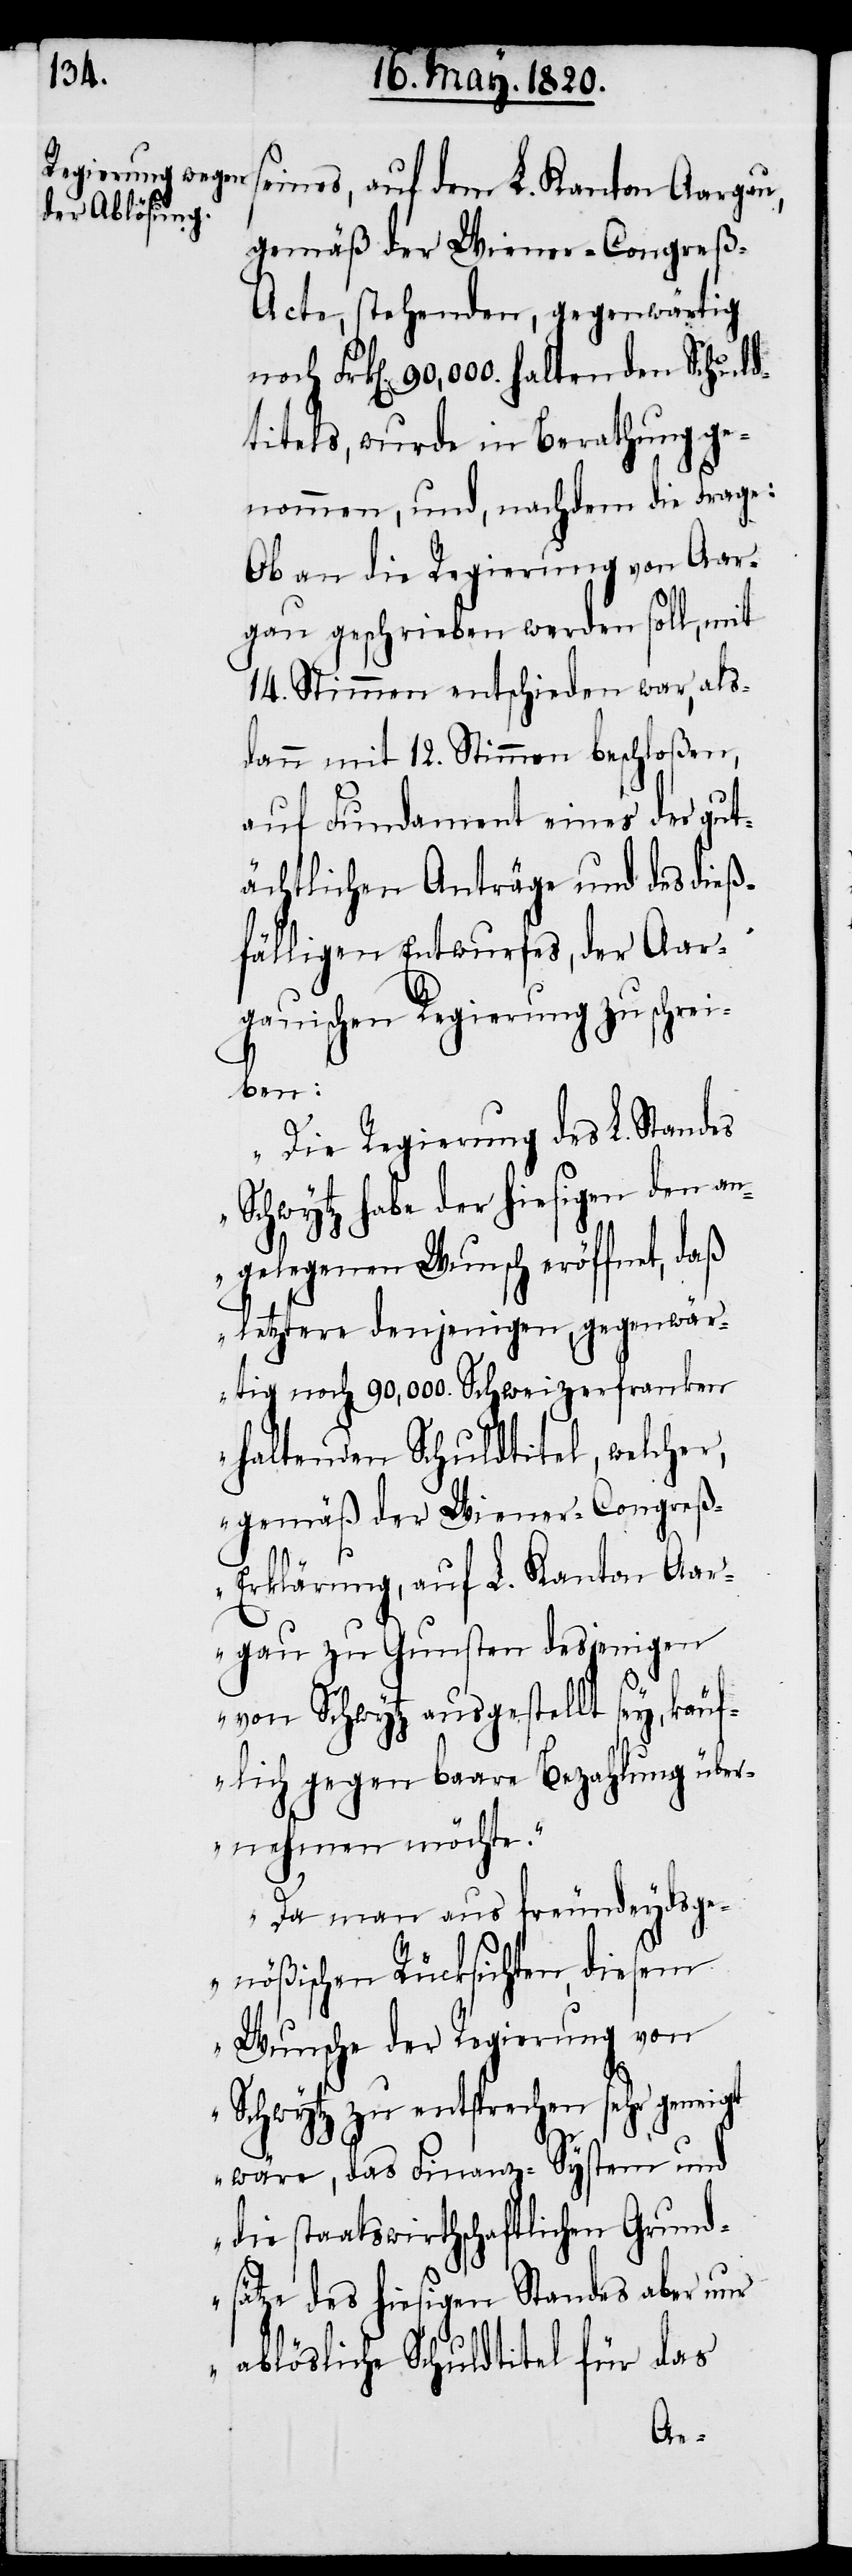
seines, auf dem L. Kanton Aargau,
gemäß der Wiener-Congreß-A¬
cte, stehenden, gegenwärtig
Frk[en]. 90,000. haltenden Schuld¬
titels, wurde in Berathung ge¬
nommen, und, nachdem die Frage:
Ob an die Regierung von Aar¬
gau geschrieben werden soll, mit
14. Stimmen entschieden war, als¬
dann mit 12. Stimmen beschloßen,
auf Fundament eines der gut¬
ächtlichen Anträge und des dieß¬
fälligen Entwurfes, der Aar¬
gauischen Regierung zu schrei¬
ben:
„Die Regierung des L. Standes
Schwytz habe der hiesigen den an¬
gelegenen Wunsch eröffnet, daß
letztere denjenigen, gegenwär¬
tig noch 90,000. Schweizerfranken
haltenden Schuldtitel, welcher,
gemäß der Wiener-Congre¬
ß-Erklärung, auf L. Kanton Aar¬
gau zu Gunsten desjenigen
von Schwytz ausgestellt sey, käuf¬
lich gegen baare Bezahlung über¬
nehmen möchte.
Da man aus freundeydsge¬
nößischen Rücksichten, diesem
Wunsche der Regierung von
Schwytz zu entsprechen sehr geneigt
wäre, das Finanz-System und
die staatswirthschaftlichen Grund¬
sätze des hiesigen Standes aber nur
ablösliche Schuldtitel für das